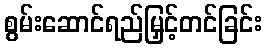
စွမ်းဆောင်ရည်မြှင့်တင်ခြင်း